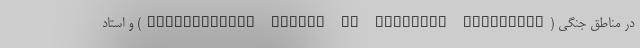
در مناطق جنگی (Safeguarding Health in Conflict coalition) و استاد